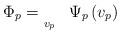
LaTeX: \begin{align*}\begin{array}{rl}\Phi_{p}=\underset{v_{p}}{} & \Psi_{p}\left(v_{p}\right)\end{array}\end{align*}